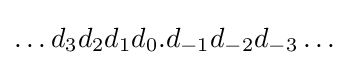
\ldots d_{3}d_{2}d_{1}d_{0}.d_{-1}d_{-2}d_{-3}\ldots